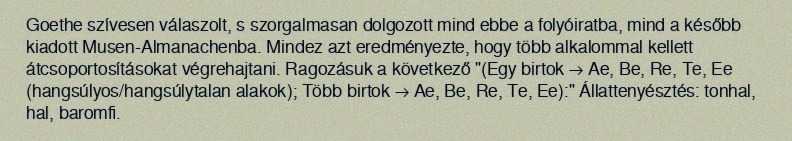
Goethe szívesen válaszolt, s szorgalmasan dolgozott mind ebbe a folyóiratba, mind a később kiadott Musen-Almanachenba. Mindez azt eredményezte, hogy több alkalommal kellett átcsoportosításokat végrehajtani. Ragozásuk a következő "(Egy birtok → Ae, Be, Re, Te, Ee (hangsúlyos/hangsúlytalan alakok); Több birtok → Ae, Be, Re, Te, Ee):" Állattenyésztés: tonhal, hal, baromfi.